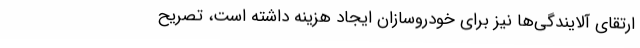
ارتقای آلایندگی‌ها نیز برای خودروسازان ایجاد هزینه داشته است، تصریح